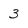
Character: 3